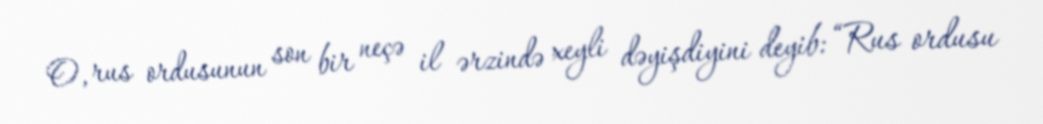
O, rus ordusunun son bir neçə il ərzində xeyli dəyişdiyini deyib: “Rus ordusu